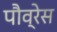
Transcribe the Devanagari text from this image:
पौव्रेस